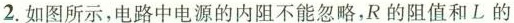
2.如图所示，电路中电源的内阻不能忽略，R的阻值和L的